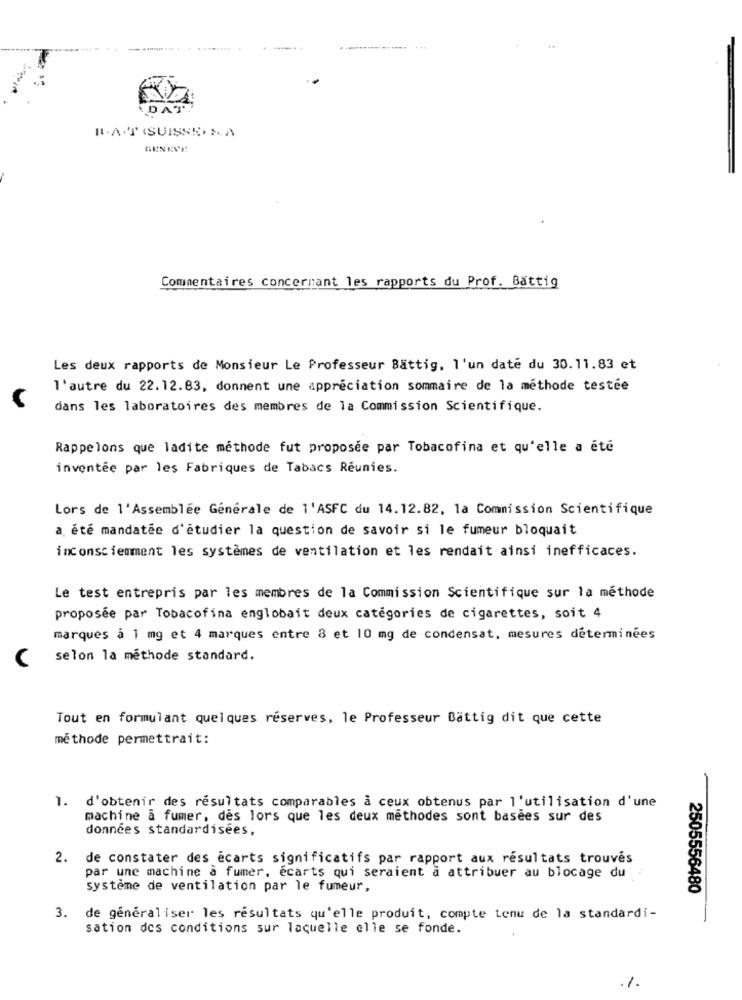
.................. ...
DAT.
R. A.T (SUISSE, MA
GENEVE
Commentaires concernant les rapports du Prof. Battig
Les deux rapports de Monsieur Le Professeur Battig, l'un date du 30.11.83 et
l'autre du 22.12.83, donnent une appreciation sommaire de la méthode testée
dans les laboratoires des membres de la Commission Scientifique.
Rappelons que ladite methode fut proposée par Tobacofina et qu'elle a été
inventée par les Fabriques de Tabacs Réunies.
Lors de l'Assemblée Générale de l'ASFC du 14.12.82, la Commission Scientifique
a été mandatée d'étudier la question de savoir si le fumeur bloquait
inconsciemment les systèmes de ventilation et les rendait ainsi inefficaces.
Le test entrepris par les membres de la Commission Scientifique sur la méthode
proposée par Tobacofina englobait deux catégories de cigarettes, soit 4
marques à 1 mg et 4 marques entre 8 et 10 mg de condensat, mesures déterminées
selon la méthode standard.
Tout en formulant quelques réserves, le Professeur Battig dit que cette
méthode permettrait:
1. d'obtenir des résultats comparables à ceux obtenus par l'utilisation d'une
machine a fumer, des lors que les deux methodes sont basées sur des
données standardisees,
2. de constater des écarts significatifs par rapport aux résultats trouvés
par une machine à fumer, ecarts qui seraient a attribuer au blocage du
système de ventilation par le fumeur,
2505556480
3.
de généraliser les résultats qu'elle produit, compte tenu de la standardi-
sation des conditions sur laquelle elle se fonde.